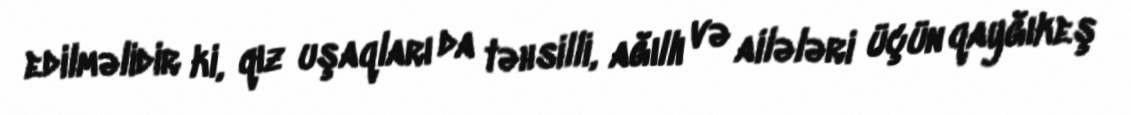
edilməlidir ki, qız uşaqları da təhsilli, ağıllı və ailələri üçün qayğıkeş